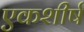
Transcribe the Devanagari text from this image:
एकशीर्ष